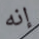
إنه